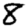
Digit: 8